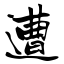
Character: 遭